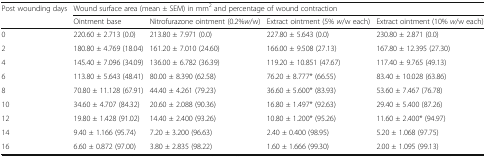
<table><thead><tr><td rowspan="2"><b>Post wounding days</b></td><td colspan="4"><b>Wound surface area (mean ± SEM) in mm<sup>2</sup> and percentage of wound contraction</b></td></tr><tr><td><b>Ointment base</b></td><td><b>Nitrofurazone ointment (0.2%<i>w</i>/w)</b></td><td><b>Extract ointment (5% <i>w</i>/w each)</b></td><td><b>Extract ointment (10% <i>w</i>/w each)</b></td></tr></thead><tbody><tr><td>0</td><td>220.60 ± 2.713 (0.0)</td><td>213.80 ± 7.971 (0.0)</td><td>227.80 ± 5.643 (0.0)</td><td>230.80 ± 2.871 (0.0)</td></tr><tr><td>2</td><td>180.80 ± 4.769 (18.04)</td><td>161.20 ± 7.010 (24.60)</td><td>166.00 ± 9.508 (27.13)</td><td>167.80 ± 12.395 (27.30)</td></tr><tr><td>4</td><td>145.40 ± 7.096 (34.09)</td><td>136.00 ± 6.782 (36.39)</td><td>119.20 ± 10.851 (47.67)</td><td>117.40 ± 9.765 (49.13)</td></tr><tr><td>6</td><td>113.80 ± 5.643 (48.41)</td><td>80.00 ± 8.390 (62.58)</td><td>76.20 ± 8.777* (66.55)</td><td>83.40 ± 10.028 (63.86)</td></tr><tr><td>8</td><td>70.80 ± 11.128 (67.91)</td><td>44.40 ± 4.261 (79.23)</td><td>36.60 ± 5.600* (83.93)</td><td>53.60 ± 7.467 (76.78)</td></tr><tr><td>10</td><td>34.60 ± 4.707 (84.32)</td><td>20.60 ± 2.088 (90.36)</td><td>16.80 ± 1.497* (92.63)</td><td>29.40 ± 5.400 (87.26)</td></tr><tr><td>12</td><td>19.80 ± 1.428 (91.02)</td><td>14.40 ± 2.400 (93.26)</td><td>10.80 ± 1.200* (95.26)</td><td>11.60 ± 2.400* (94.97)</td></tr><tr><td>14</td><td>9.40 ± 1.166 (95.74)</td><td>7.20 ± 3.200 (96.63)</td><td>2.40 ± 0.400 (98.95)</td><td>5.20 ± 1.068 (97.75)</td></tr><tr><td>16</td><td>6.60 ± 0.872 (97.00)</td><td>3.80 ± 2.835 (98.22)</td><td>1.60 ± 1.666 (99.30)</td><td>2.00 ± 1.095 (99.13)</td></tr></tbody></table>